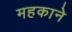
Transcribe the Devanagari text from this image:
महकाने